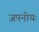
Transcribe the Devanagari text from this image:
जपनीयः